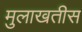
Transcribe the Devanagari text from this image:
मुलाखतीस